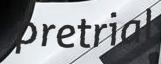
pretrial